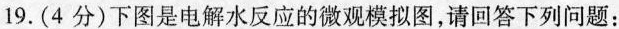
19.(4分)下图是电解水反应的微观模拟图，请回答下列问题：